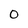
Character: O